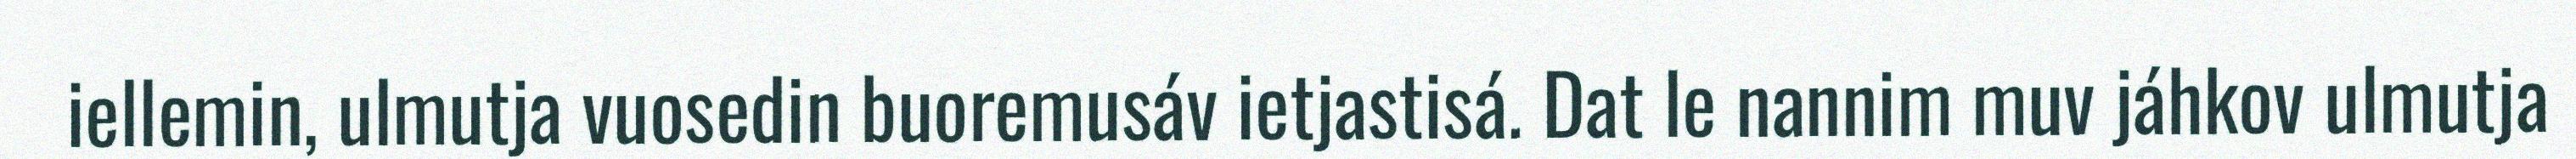
iellemin, ulmutja vuosedin buoremusáv ietjastisá. Dat le nannim muv jáhkov ulmutja